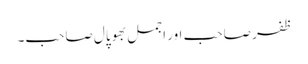
ظفر صاحب اور اجمل بھوپال صاحب۔